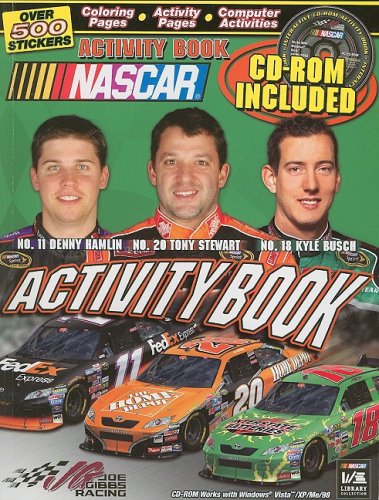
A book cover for NASCAR Joe Gibbs Racing Activity Book 2008; Larry Carney; Children's Books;